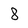
Character: 8